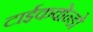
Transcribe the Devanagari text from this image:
टाईकवोन्डो